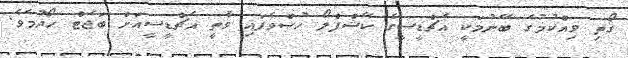
ގޯތި ވިއްކުމުގެ ބޭނުމަކީ އެޗްޑީސީގެ ކޭޝްފްލޯ ހުސްވެފައި ވާތީ އެޗްޑީސީއަށް ބަޖެޓް ހޯދުމެވެ.